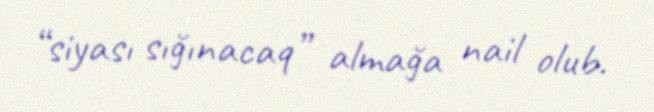
“siyası sığınacaq” almağa nail olub.